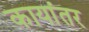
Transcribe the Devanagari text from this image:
कायांतर